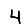
Digit: 4